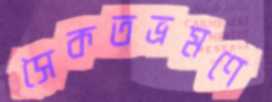
সৈকতভ্রমণে